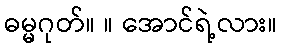
ဓမ္မဂုတ်။ ။ အောင်ရဲ့လား။